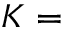
K =